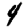
Digit: 4